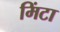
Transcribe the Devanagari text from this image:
मिंटा